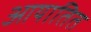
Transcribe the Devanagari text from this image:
आयातित